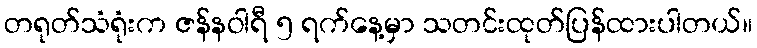
တရုတ်သံရုံးက ဇန်နဝါရီ ၅ ရက်နေ့မှာ သတင်းထုတ်ပြန်ထားပါတယ်။